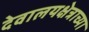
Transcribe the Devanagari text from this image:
देवालयक्षेत्राच्या